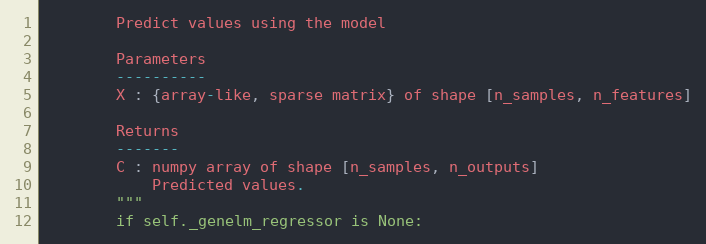
Language: Python
        Predict values using the model

        Parameters
        ----------
        X : {array-like, sparse matrix} of shape [n_samples, n_features]

        Returns
        -------
        C : numpy array of shape [n_samples, n_outputs]
            Predicted values.
        """
        if self._genelm_regressor is None: